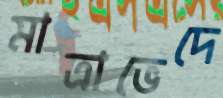
মাত্রাভেদে